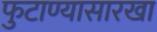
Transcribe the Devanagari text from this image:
फुटाण्यासारखा